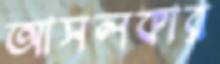
আসলকার